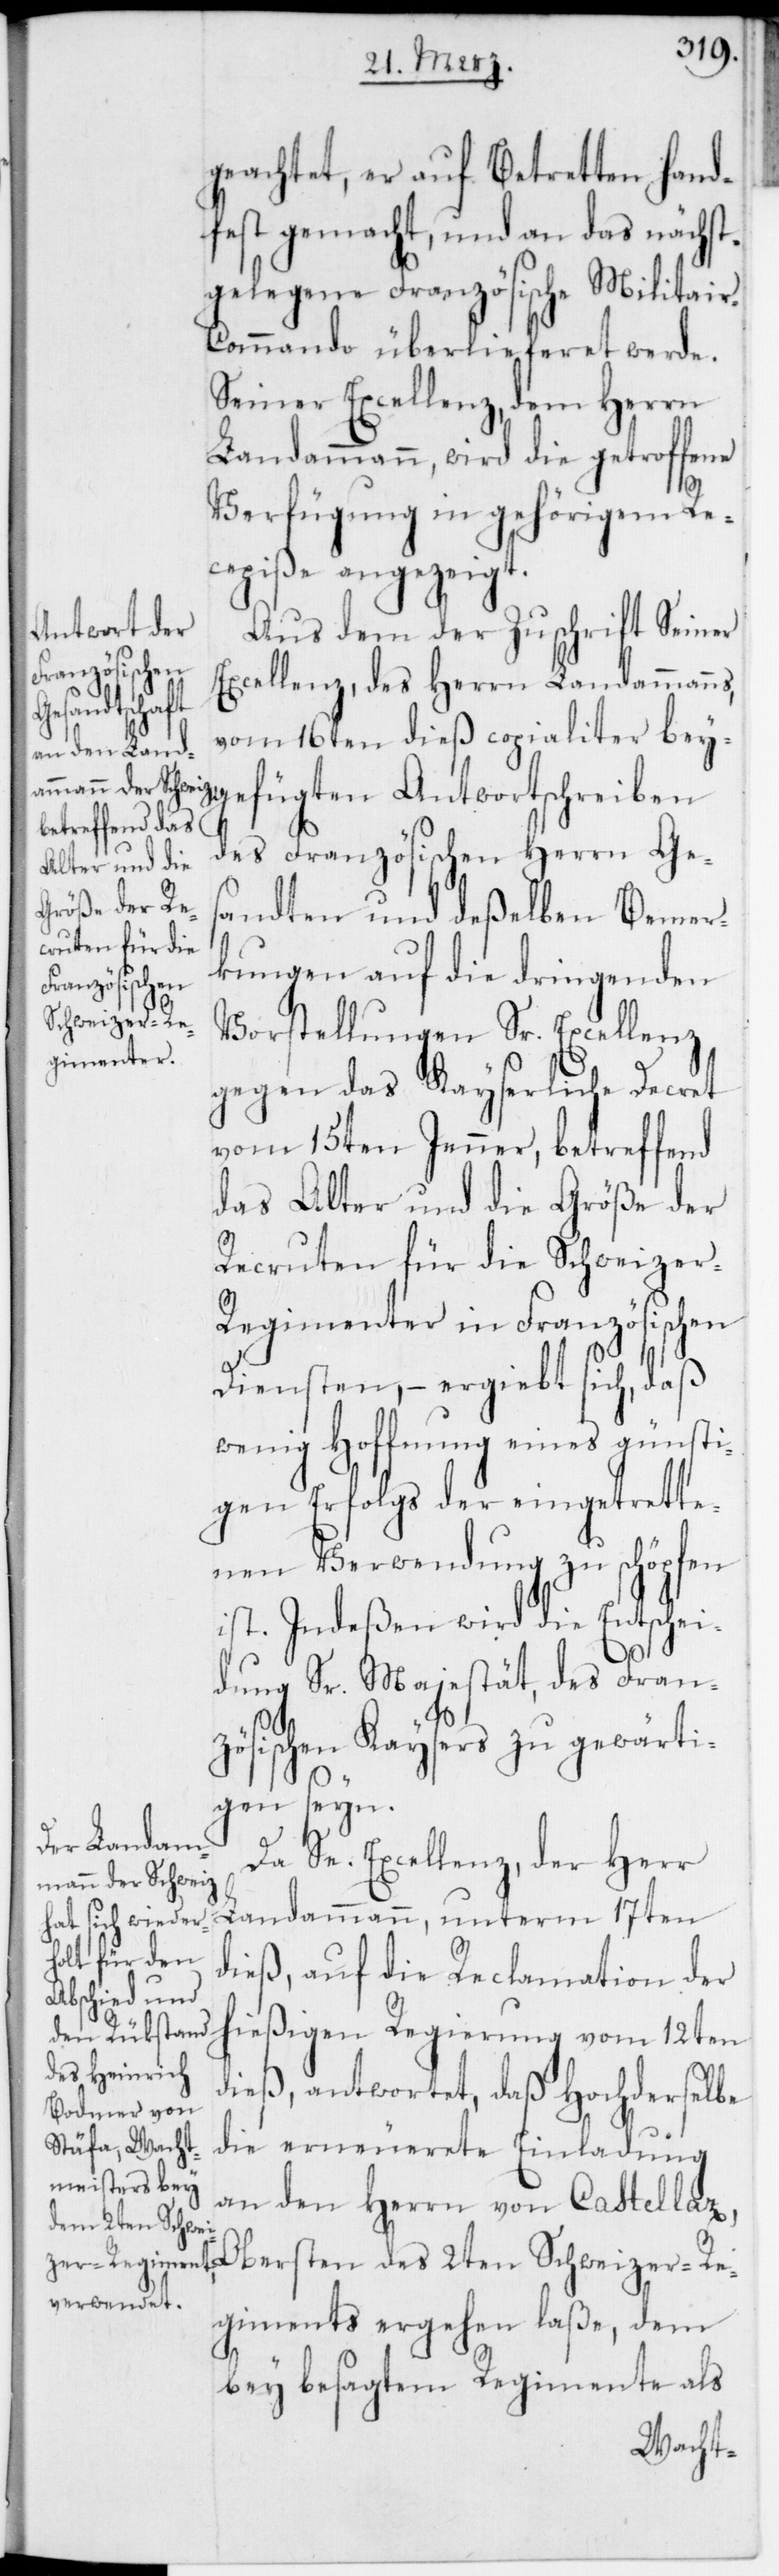
geachtet, er auf Betretten hand¬
fest gemacht, und an das nächst¬
gelegene Französische Militair-C¬
ommando überlieferet werde.
Seiner Excellenz, dem Herrn
Landammann, wird die getroffene
Verfügung in gehörigem Re¬
cepiße angezeigt.
Aus dem der Zuschrift Seiner
Excellenz, des Herrn Landammanns,
vom 16ten dieß copialiter bey¬
gefügten Antwortschreiben
des Französischen Herrn Ges¬
andten und deßelben Bemer¬
kungen auf die dringenden
Vorstellungen Sr. Excellenz
gegen das Kayserliche Decret
vom 15ten Jenner, betreffend
das Alter und die Größe der
Recruten für die Schweize¬
r-Regimenter in Französischen
Diensten, – ergiebt sich, daß
wenig Hoffnung eines günsti¬
gen Erfolgs der eingetrette¬
nen Verwendung zu schöpfen
ist. Indeßen wird die Entschei¬
dung Sr. Majestät, des Fran¬
zösischen Kaysers zu gewärti¬
gen seyn.
Da Se. Excellenz, der Herr
Landammann, unterm 17ten
dieß, auf die Reclamation der
hießigen Regierung vom 12ten
dieß, antwortet, daß Hochderselbe
die erneuerete Einladung
an den Herrn von Castellaz,
Obersten des 2ten Schweizer-Re¬
giments ergehen laße, dem
bey besagtem Regiment als